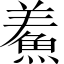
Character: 鮺